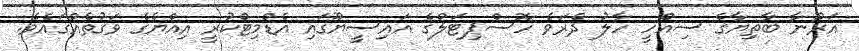
އަރޫނާ ބާތިޔާގެ ސިއްހީ ހާލު ދެރަވެ ހޮސްޕިޓަލްގެ އައިސީޔޫގައި އެޑްމިޓްކުރީ އިއްޔެގެ ވަގުތެއްގައެވެ.